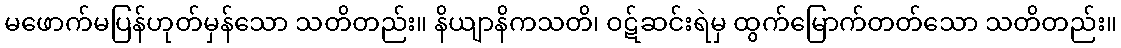
မဖောက်မပြန်ဟုတ်မှန်သော သတိတည်း။ နိယျာနိကသတိ၊ ဝဋ်ဆင်းရဲမှ ထွက်မြောက်တတ်သော သတိတည်း။